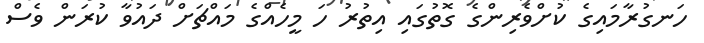
ހަނގުރާމައިގެ ކުށްވެރިންގެ ގޮތުގައި އިތުރު ހަ މީހެއްގެ މައްޗަށް ދައުވާ ކުރަން ވެސް